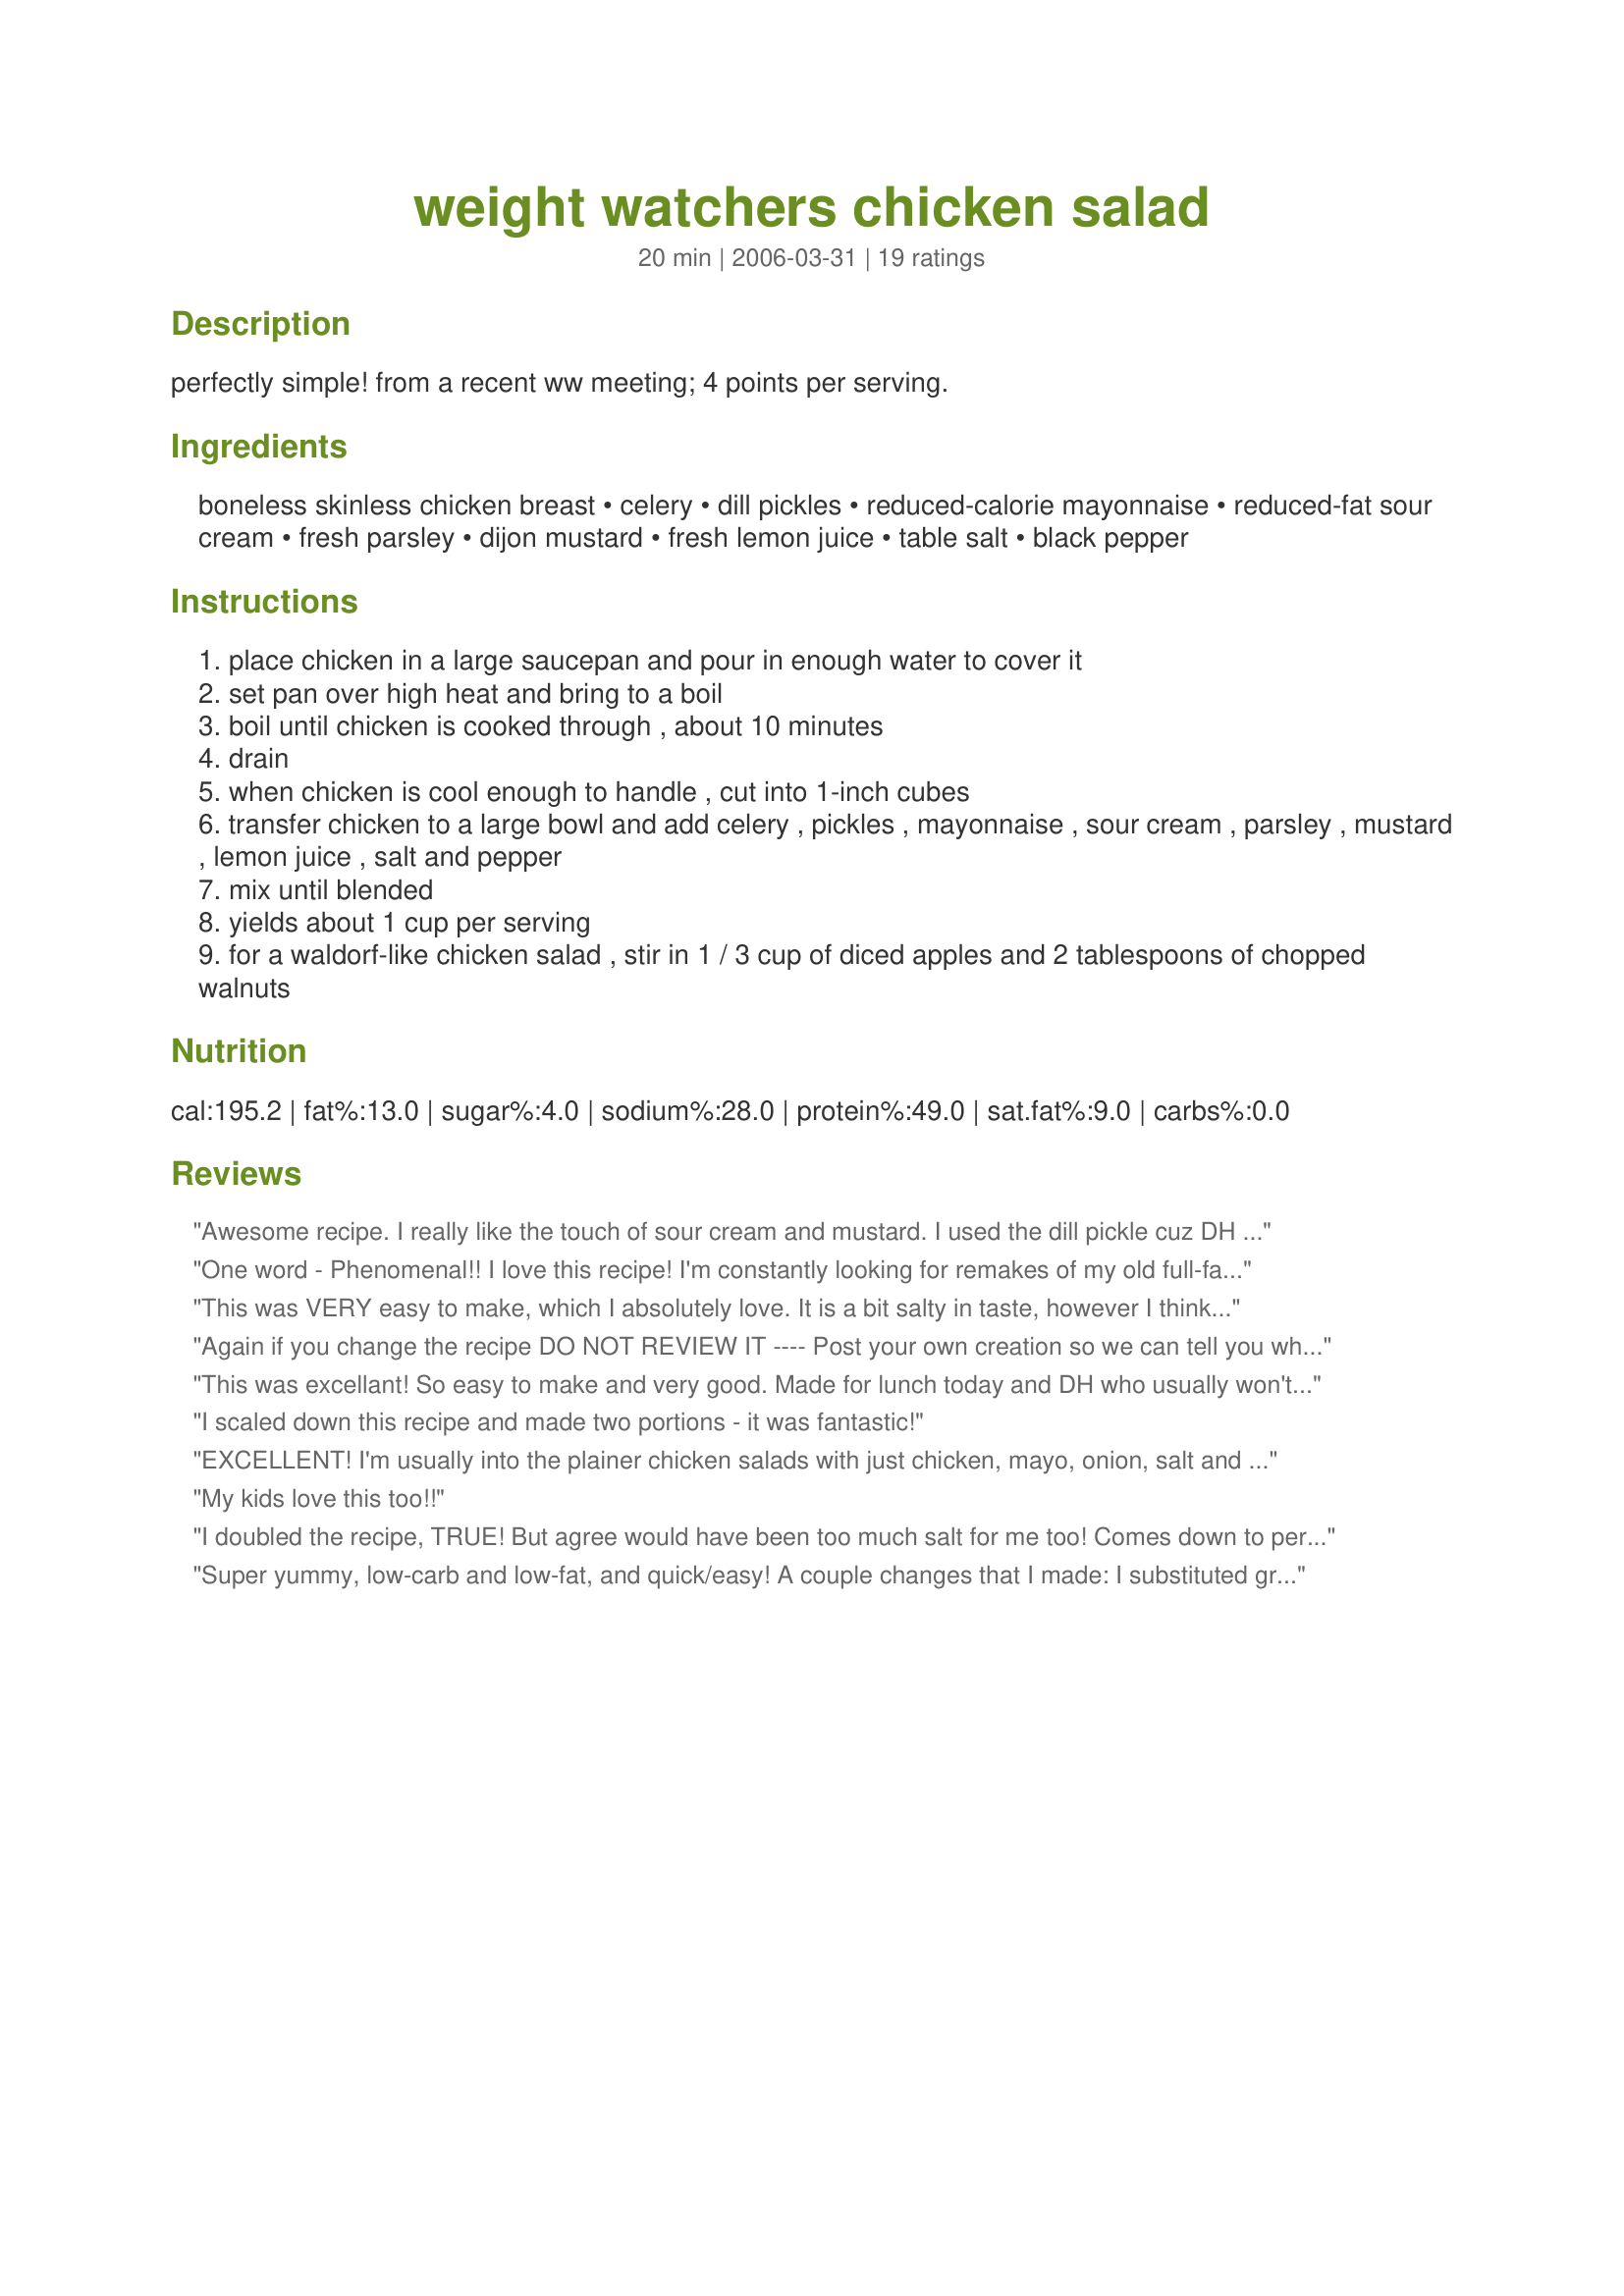
weight watchers chicken salad
Preparation time: 20 minutes

perfectly simple! from a recent ww meeting; 4 points per serving.

Ingredients:
boneless skinless chicken breast, celery, dill pickles, reduced-calorie mayonnaise, reduced-fat sour cream, fresh parsley, dijon mustard, fresh lemon juice, table salt, black pepper

Steps:
place chicken in a large saucepan and pour in enough water to cover it
set pan over high heat and bring to a boil
boil until chicken is cooked through , about 10 minutes
drain
when chicken is cool enough to handle , cut into 1-inch cubes
transfer chicken to a large bowl and add celery , pickles , mayonnaise , sour cream , parsley , mustard , lemon juice , salt and pepper
mix until blended
yields about 1 cup per serving
for a waldorf-like chicken salad , stir in 1 / 3 cup of diced apples and 2 tablespoons of chopped walnuts

Reviews:
Awesome recipe. I really like the touch of sour cream and mustard. I used the dill pickle cuz DH doesn't like sweet. It made 3 servings. We had it on sandwiches yesterday and today I had the balance for lunch but I added a touch of sweet relish. I prefer it on the sweet side. Thanks helluvawoman for posting.
One word - Phenomenal!! I love this recipe! I'm constantly looking for remakes of my old full-fat favorites and this is a keeper. I added a little tyme, just because I love the flavor, but otherwise I didn't change anything. Thanx helluvawoman. You make WW much tastier
This was VERY easy to make, which I absolutely love. It is a bit salty in taste, however I think next time I am going to skip the salt and pepper, but will be adding grapes and apples to the mix. All in all a decent WW receipe.
Again if you change the recipe DO NOT REVIEW IT ---- Post your own creation so we can tell you what was wrong with it! Jeez. We made it by recipe loved it
This was excellant! So easy to make and very good. Made for lunch today and DH who usually won't eat anything healthy loved it. Thanks!!
I scaled down this recipe and made two portions - it was fantastic!
EXCELLENT! I'm usually into the plainer chicken salads with just chicken, mayo, onion, salt and pepper. I was skeptical making this without onions. LOVED it! Super tasty...lots of flavors going on here. Let's home the kids like it too! Thanks for posting.
My kids love this too!!
I doubled the recipe, TRUE!
But agree would have been too much salt for me too!
Comes down to personal taste, really for me!
VERY healthy, versatile recipe!
Next time, might add julienne carrots, red capsicum too,
As now it is the holidays, an extra serve of veggies won't harm anyone, TRUE!
THANKS!
Super yummy, low-carb and low-fat, and quick/easy! A couple changes that I made: I substituted greek yogurt instead of the sour cream, I sprinkled in some garlic powder, I added some splenda, and also added in about 1/2 a cup of diced red onion. I calculated the calories with my ingredients and it came to only 165 calories per serving (4 total which were 3/4 cup each). Definitely gonna make again, but next time with less parsley! It was a little overpowering (but then again, I'm not really a parsley lover).
Pretty good, like the simplicity, served on multi grain wrap
Very good chicken salad. I used the sweet gherkins. The gherkins and the celery made for a nice crunchy addition. Very delicious chicken salad. Great for lunches!
I like to think of myself as a chicken salad connoisseur but I wanted a WW friendly version of this recipe... it is AMAZING!! So light and fresh tasting but tastes exactly like the chicken salad I love. Thank you so much!!
This was quick, easy and delicious!
This was very yummy! I agree with Heather Gustin that it is a bit salty, and I even reduced the salt from 1/2 tsp to 3/8 tsp. I think the lemon juice, mustard, and dill pickles add salt, so next time I will just add 1/8 or 1/4 tsp. Otherwise, this was very tasty, especially since I know it was only 4 pts. per cup! Thanks for posting!
What and easy and tasty meal! I did use plain low-fat yogurt in place of the sour cream which turned out to be yummy. I'll be keeping this close for the summer.
This was excellent! I followed the recipe to a T and would not change a thing! Thank you for a great post.
Loved it! Bf liked it too. Subbed whipped cream cheese for the sour cream, doubled the pepper, and didn't have any parsely. I did however, serve this on whole wheat buns and topped the chicken with alfalfa sprouts. So summer-y! It's a keeper; thanks for sharing.
great! Used marinated grilled chicken and followed the recipe, delicious!
